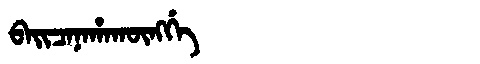
Manchu: ᠪᠠᡳᠴᠠᠨᠠᡥᠠᡴᡡᠩᡤᡝ
Romanization: BAICANAHAKŪNGGE